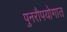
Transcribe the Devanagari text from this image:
पुनरौपयोगात